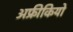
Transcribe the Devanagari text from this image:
अफ्रीकियो